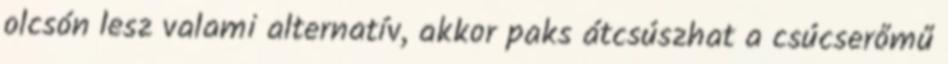
olcsón lesz valami alternatív, akkor paks átcsúszhat a csúcserőmű